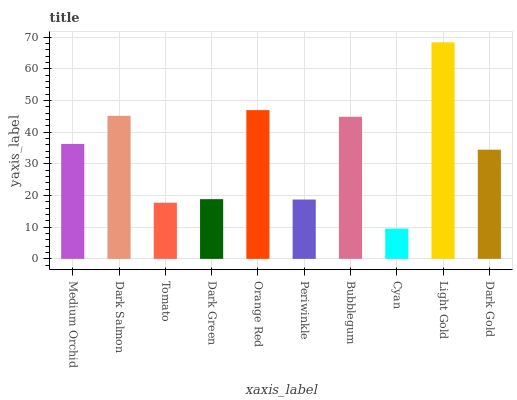
| xaxis_label | bars |
 | --- | --- |
 | Medium Orchid | 36.3 |
 | Dark Salmon | 45.2 |
 | Tomato | 17.7 |
 | Dark Green | 18.9 |
 | Orange Red | 47 |
 | Periwinkle | 18.7 |
 | Bubblegum | 44.9 |
 | Cyan | 9.57 |
 | Light Gold | 68.4 |
 | Dark Gold | 34.5 |